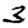
Digit: 3